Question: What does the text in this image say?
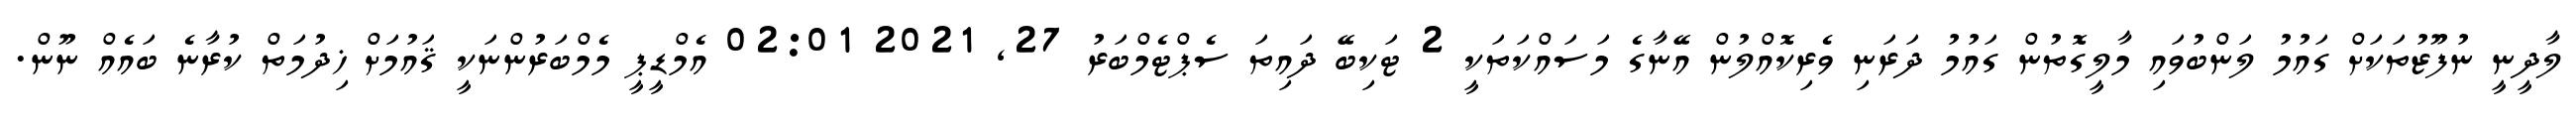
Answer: ލާދީނީ ނުފޫޒުތަކަށް ގައުމު ލަންބުވައި މާލީގޮތުން ގައުމު ދަރަނި ވެރިކޮއްލުން އޭނާގެ މަސައްކަތަކީ 2 ޓަކިބޭ ދައިތަ ސެޕްޓެމްބަރު 27, 2021 02:01 އެމްޑީޕީ މެމްބަރުންނަކީ ޤައުމަށް ޚިދުމަތް ކުރާނެ ބައެއް ނޫން.